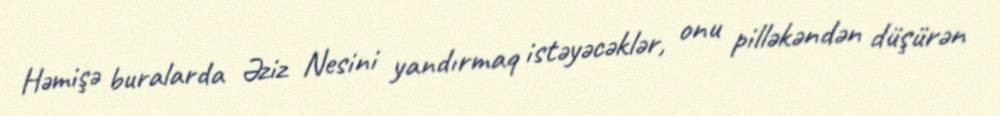
Həmişə buralarda Əziz Nesini yandırmaq istəyəcəklər, onu pilləkəndən düşürən